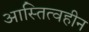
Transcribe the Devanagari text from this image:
आस्तित्वहीन